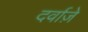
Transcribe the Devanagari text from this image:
दर्वाज़े